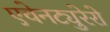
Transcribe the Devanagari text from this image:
एवेनट्युरेरो